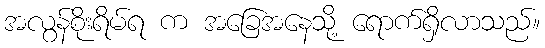
အလွန်စိုးရိမ်ရ က အခြေအနေသို့ ရောက်ရှိလာသည်။